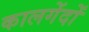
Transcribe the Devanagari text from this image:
कालगेंदों